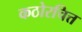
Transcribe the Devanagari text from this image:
कठोरचित्त